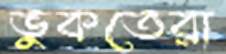
ভুকতেরা